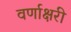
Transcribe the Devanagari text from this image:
वर्णाक्षरी